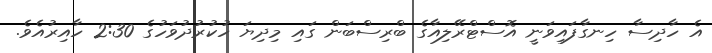
އެ ހާދިސާ ހިނގާފައިވަނީ އޮސްޓްރޭލިއާގެ ބްރިސްބަން ގައި މިދިޔަ ހުކުރުދުވަހުގެ 2:30 ހާއިރުއެވެ.